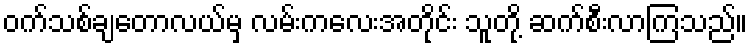
ဝက်သစ်ချတောလယ်မှ လမ်းကလေးအတိုင်း သူတို့ ဆက်စီးလာကြသည်။